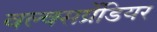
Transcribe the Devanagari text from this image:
वल्क्सग्रेंडियर